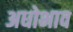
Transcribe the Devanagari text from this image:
अधोभाव